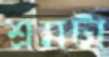
শ্রমটা